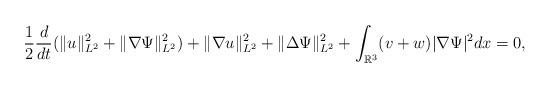
LaTeX: \begin{align*} \frac{1}{2}\frac{d}{dt}(\|u\|_{L^{2}}^{2}+\|\nabla\Psi\|_{L^{2}}^{2})+\|\nabla u\|_{L^{2}}^{2}+\|\Delta\Psi\|_{L^{2}}^{2} +\int_{\mathbb{R}^{3}}(v+w)|\nabla\Psi|^{2}dx=0,\end{align*}